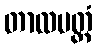
တာလပတ္တံ